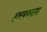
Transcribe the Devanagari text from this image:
हास्यकळ्या